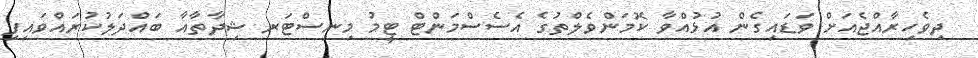
ދިވެހިރާއްޖެއަށް ވަޑައިގެން އުޅުއްވާ ކޮމަންވެލްތުގެ އެސެސްމަންޓް ޓީމު މިނިސްޓަރ ޝިދާތާއާ ބައްދަލުކުރައްވައިފި